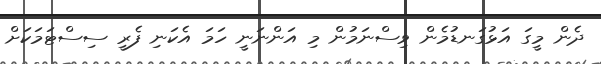
ދެން މީގަ އަޅުގަނޑުމެން ވިސްނަމުން މި އަންނަނީ ހަމަ އެކަނި ފެރީ ސިސްޓަމަކަށް